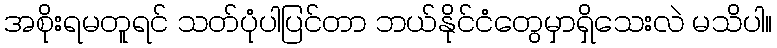
အစိုးရမတူရင် သတ်ပုံပါပြင်တာ ဘယ်နိုင်ငံတွေမှာရှိသေးလဲ မသိပါ။